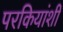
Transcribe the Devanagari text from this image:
परकियांशी